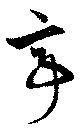
亭